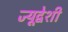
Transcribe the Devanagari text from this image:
ज्यूद्वेशी